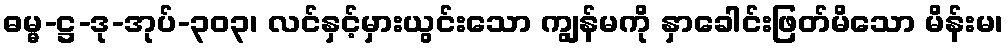
ဓမ္မ-ဋ္ဌ-ဒု-အုပ်-၃၀၃၊ လင်နှင့်မှားယွင်းသော ကျွန်မကို နှာခေါင်းဖြတ်မိသော မိန်းမ၊